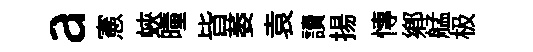
a憲蛺曈皆萎袁讀揚慱鄕艋极